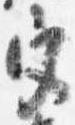
宮